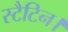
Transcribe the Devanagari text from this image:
स्टैटिन।